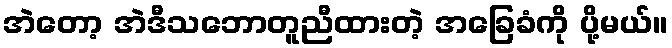
အဲတော့ အဲဒီသဘောတူညီထားတဲ့ အခြေခံကို ပို့မယ်။